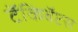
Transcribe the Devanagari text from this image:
टॅकिबॅप्टस